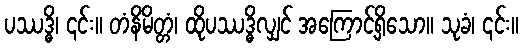
ပဿဒ္ဓိ၊ ၎င်း။ တံနိမိတ္တံ၊ ထိုပဿဒ္ဓိလျှင် အကြောင့်ရှိသော။ သုခံ၊ ၎င်း။